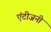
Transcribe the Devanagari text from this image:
एंटीजनी